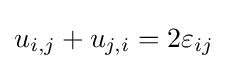
u_{i,j}+u_{j,i}=2\varepsilon _{ij}